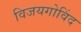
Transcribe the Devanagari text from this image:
विजयगोविंद